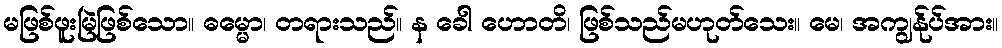
မဖြစ်ဖူးမြဲဖြစ်သော။ ဓမ္မော၊ တရားသည်။ န ခေါ ဟောတိ၊ ဖြစ်သည်မဟုတ်သေး။ မေ၊ အကျွန်ုပ်အား။